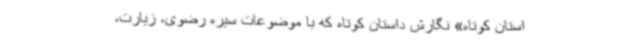
استان‌ کوتاه» نگارش داستان کوتاه که با موضوعات سیره‌ رضوی، زیارت،